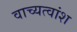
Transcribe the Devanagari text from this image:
वाच्यत्वांश